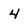
Character: 4